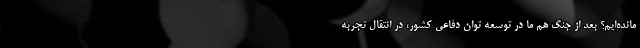
مانده‌ایم؟ بعد از جنگ هم ما در توسعه توان دفاعی کشور، در انتقال تجربه